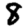
Digit: 8